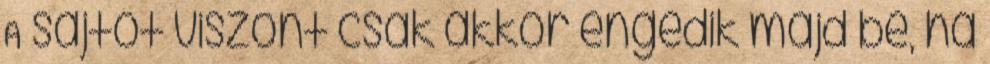
A sajtót viszont csak akkor engedik majd be, ha